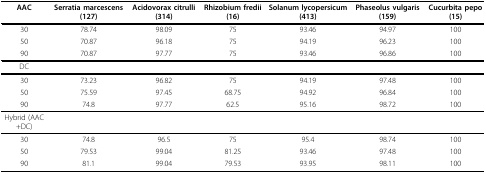
| AAC | Serratia marcescens (127) | Acidovorax citrulli (314) | Rhizobium fredii (16) | Solanum lycopersicum (413) | Phaseolus vulgaris (159) | Cucurbita pepo (15) |
 | --- | --- | --- | --- | --- | --- | --- |
 | 30 | 78.74 | 98.09 | 75 | 93.46 | 94.97 | 100 |
 | 50 | 70.87 | 96.18 | 75 | 94.19 | 96.23 | 100 |
 | 90 | 70.87 | 97.77 | 75 | 93.46 | 96.86 | 100 |
 | DC |  |  |  |  |  |  |
 | 30 | 73.23 | 96.82 | 75 | 94.19 | 97.48 | 100 |
 | 50 | 75.59 | 97.45 | 68.75 | 94.92 | 96.84 | 100 |
 | 90 | 74.8 | 97.77 | 62.5 | 95.16 | 98.72 | 100 |
 | Hybrid (AAC+DC) |  |  |  |  |  |  |
 | 30 | 74.8 | 96.5 | 75 | 95.4 | 98.74 | 100 |
 | 50 | 79.53 | 99.04 | 81.25 | 93.46 | 97.48 | 100 |
 | 90 | 81.1 | 99.04 | 79.53 | 93.95 | 98.11 | 100 |